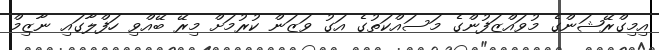
އިމިގްރޭޝަންގެ މުވައްޒަފުންގެ މަސައްކަތުގެ އަގު ވަޒަން ކުރުމަށް މިރޭ ބޭއްވި ހަފްލާގައި ނާޒިމް